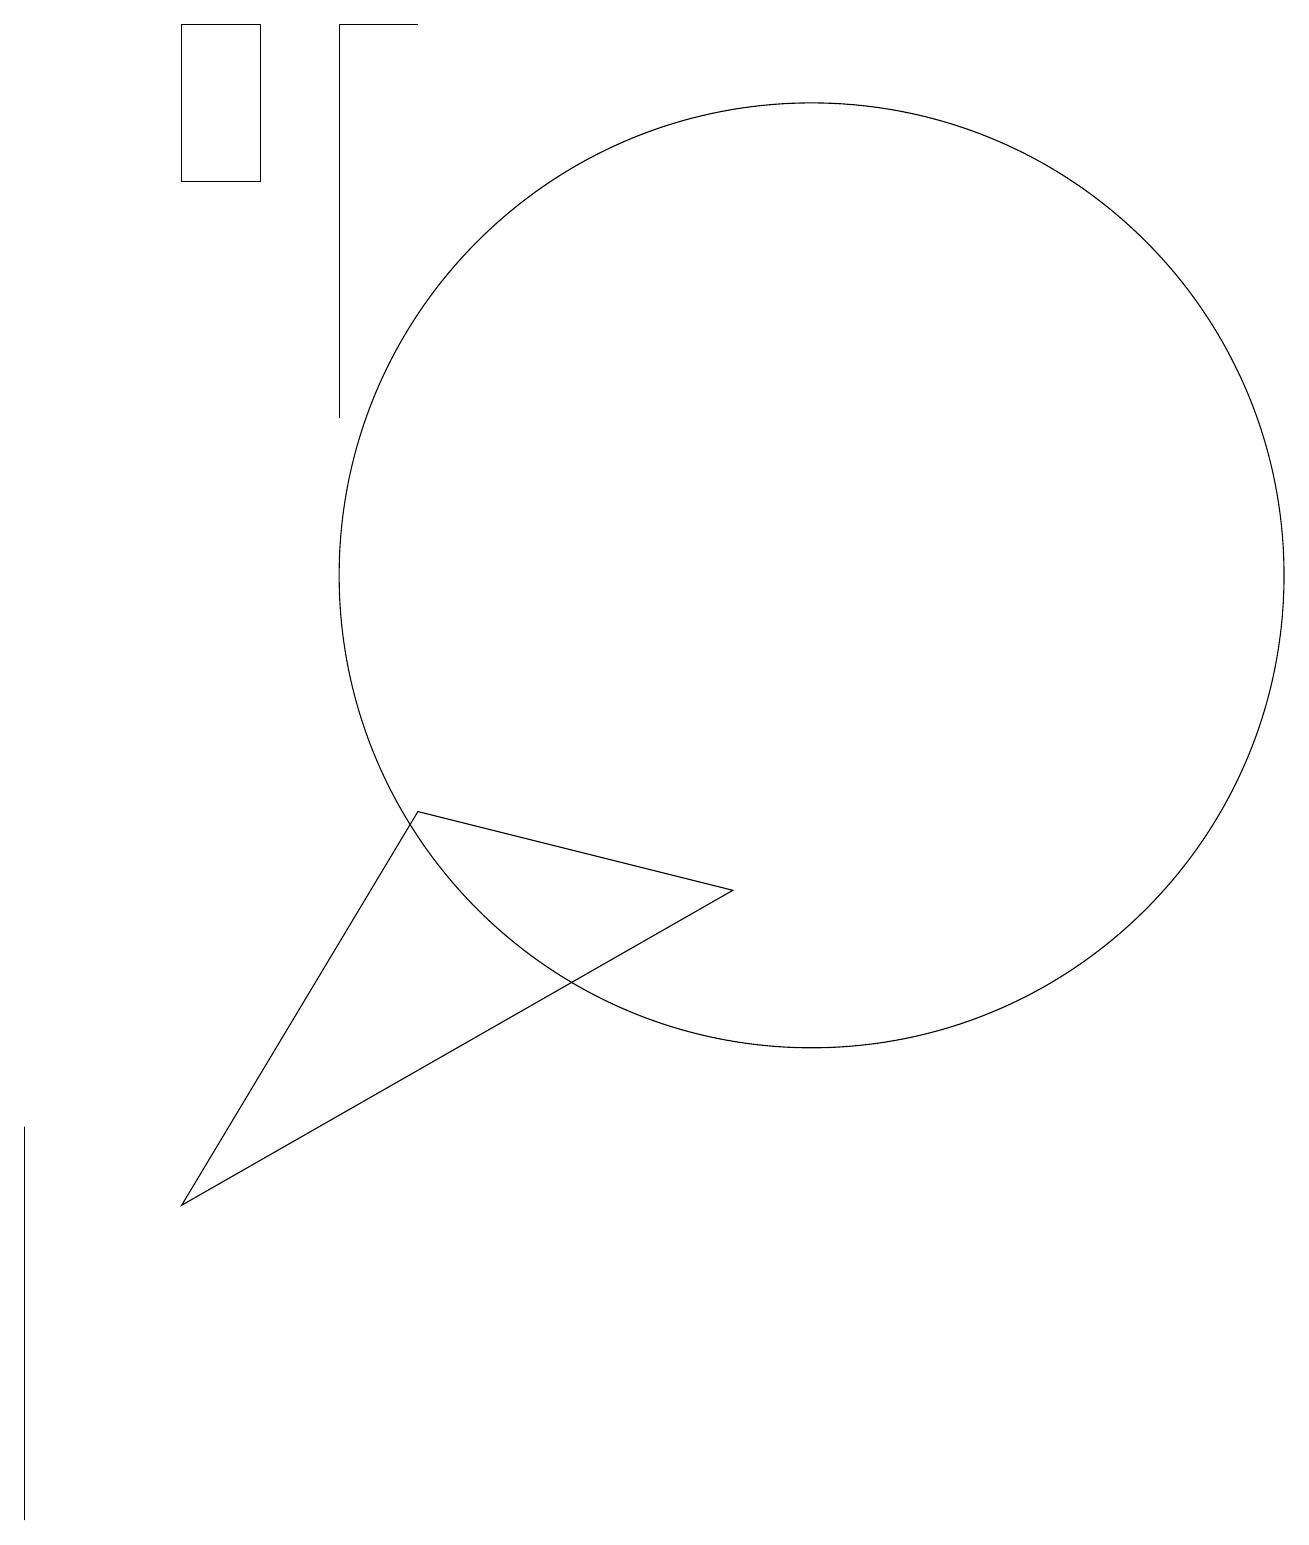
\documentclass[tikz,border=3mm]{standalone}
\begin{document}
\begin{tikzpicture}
\draw (4,14) rectangle (4,19);
\draw (10,12) circle (6);
\draw (4,19) rectangle (5,19);
\draw (3,19) rectangle (2,17);
\draw (0,4) -- (0,5) -- (0,0) -- cycle;
\draw (2,4) -- (5,9) -- (9,8) -- cycle;
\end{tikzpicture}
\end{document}